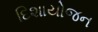
દિશાયોજન